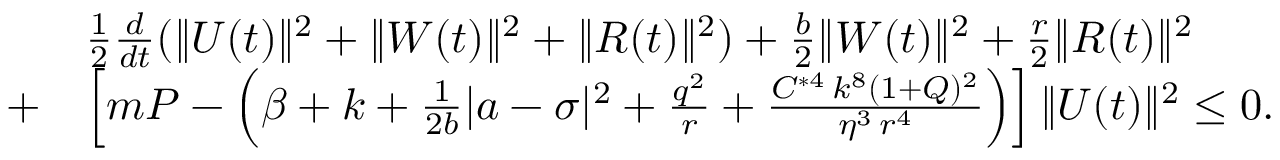
\begin{array} { r l } & { \frac { 1 } { 2 } \frac { d } { d t } ( \| U ( t ) \| ^ { 2 } + \| W ( t ) \| ^ { 2 } + \| R ( t ) \| ^ { 2 } ) + \frac { b } { 2 } \| W ( t ) \| ^ { 2 } + \frac { r } { 2 } \| R ( t ) \| ^ { 2 } } \\ { + } & { \left[ m P - \left( \beta + k + \frac { 1 } { 2 b } | a - \sigma | ^ { 2 } + \frac { q ^ { 2 } } { r } + \frac { C ^ { * 4 } \, k ^ { 8 } ( 1 + Q ) ^ { 2 } } { \eta ^ { 3 } \, r ^ { 4 } } \right) \right] \| U ( t ) \| ^ { 2 } \leq 0 . } \end{array}